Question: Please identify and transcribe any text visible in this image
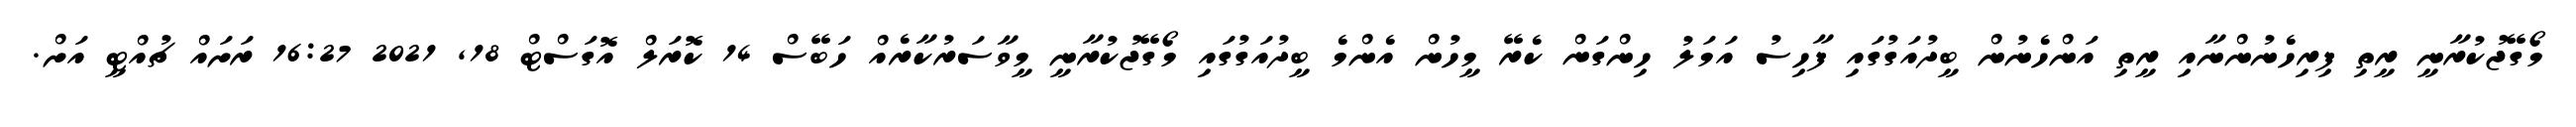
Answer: މޯގޭޖުކުރާނީ ރީތި ފިރިހެނުންނާއި ރީތި އަންހެނުން ބީދުއަގުގައި ފާހިސު އަމަލު ހިންގަން ކެރޭ މީހުން އެންމެ ބީދުއަގުގައި މޯގޭޖުކުރާނީ މީވާސަރުކާރެއް ހަބޭސް 14 ކޮރަލް އޮގަސްޓް 18, 2021 16:27 ރަށައް ޗުއްޓީ އަށް.